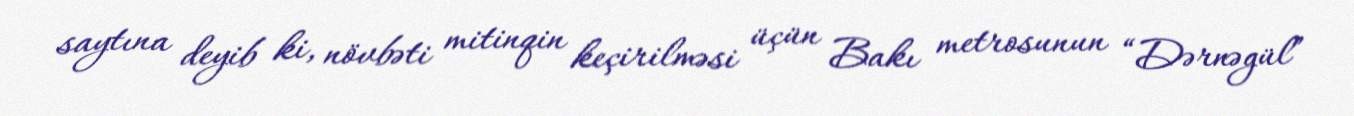
saytına deyib ki, növbəti mitinqin keçirilməsi üçün Bakı metrosunun “Dərnəgül”